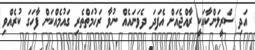
އަދި ސްރީލަންކާއަކީ ރާއްޖެއަށް އެފަދަ ދެވަނައެއް ނުވާ ރަހުމަތްތެެރި ގައުމެއްކަން ފާހަގަ ކުރެއްވި